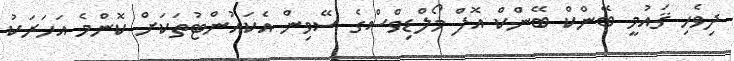
ދިވެހި ޤައުމީ ބޭންކް ބޭންކް އޮފް މޯލްޑިވްސްގެ ސޭވިން އެކައުންޓުތަކަށް ކޮންމެ އަހަރަކު